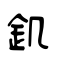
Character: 釠